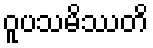
ဝူပသမိဿတိ